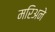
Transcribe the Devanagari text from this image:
मरिअने